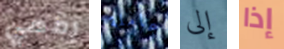
رقمي عاملة إلى إذا